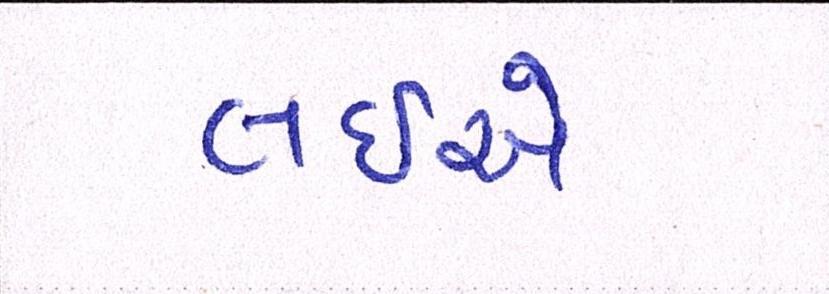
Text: લઈએ